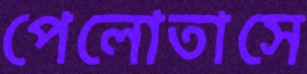
পেলোতাসে